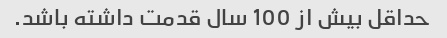
حداقل بیش از 100 سال قدمت داشته باشد.